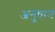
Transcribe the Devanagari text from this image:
अनुषान